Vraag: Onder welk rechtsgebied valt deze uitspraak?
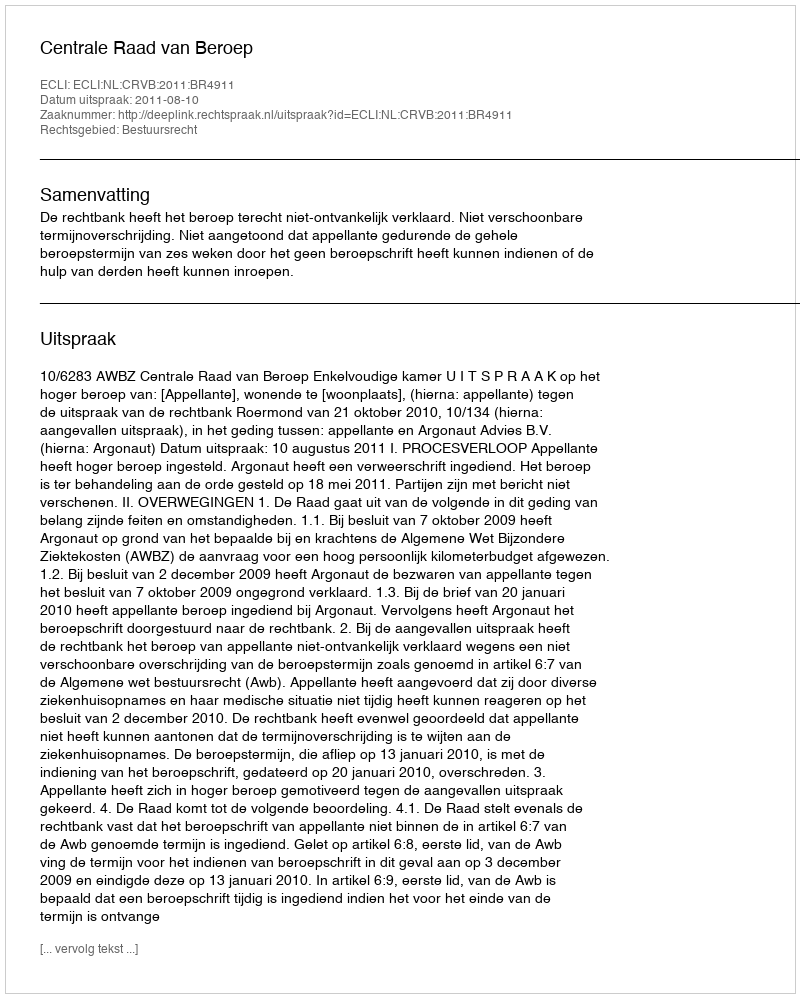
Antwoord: Bestuursrecht